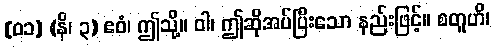
[၀၁] (နိ၊ ၃) ဧဝံ၊ ဤသို့။ ဝါ၊ ဤဆိုအပ်ပြီးသော နည်းဖြင့်။ စတူဟိ၊